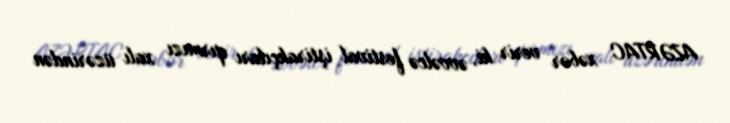
AZƏRTAC xəbər verir ki, əvvəlcə festival iştirakçıları qırmızı xalı üzərindən